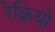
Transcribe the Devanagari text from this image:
रेक्रियो